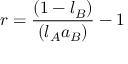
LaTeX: r = { \frac { ( 1 - l _ { B } ) } { ( l _ { A } a _ { B } ) } } - 1